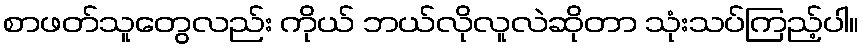
စာဖတ်သူတွေလည်း ကိုယ် ဘယ်လိုလူလဲဆိုတာ သုံးသပ်ကြည့်ပါ။